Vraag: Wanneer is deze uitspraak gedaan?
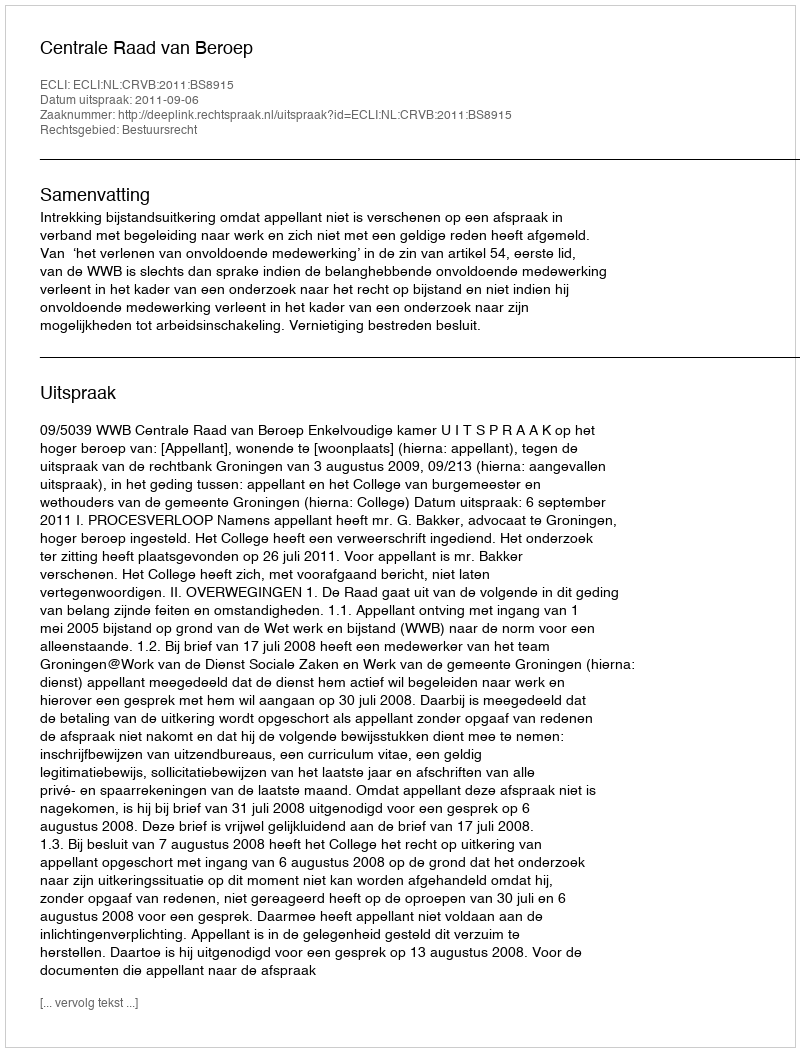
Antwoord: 2011-09-06